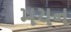
મયન